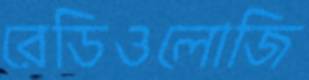
রেডিওলোজি